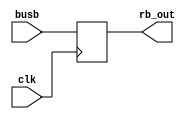
module regb(
input [31:0]busb,
output reg [31:0]rb_out,
input clk
);

always@(posedge clk)begin

rb_out = busb;

end

endmodule